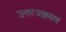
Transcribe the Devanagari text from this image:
उत्तरज्झयण